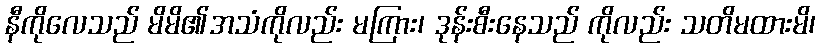
နီကိုလေသည် မိမိ၏အသံကိုလည်း မကြား၊ ဒုန်းစီးနေသည် ကိုလည်း သတိမထားမိ၊